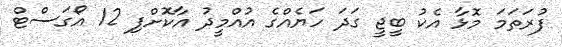
ފުރަތަމަ މޮޅާ އެކު ބީޖީ ގަދަ ހަޔެއްގެ އުއްމީދު އާކޮށްފި 12 އޯގަސްޓް